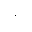
\cdot